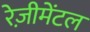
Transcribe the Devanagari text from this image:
रेज़ीमेंटल